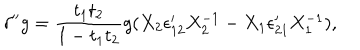
LaTeX: \delta ^ { \prime \prime } g = { \frac { t _ { 1 } t _ { 2 } } { 1 - t _ { 1 } t _ { 2 } } } g ( X _ { 2 } \epsilon _ { 1 2 } ^ { \prime } X _ { 2 } ^ { - 1 } - X _ { 1 } \epsilon _ { 2 1 } ^ { \prime } X _ { 1 } ^ { - 1 } ) ,